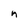
Character: n